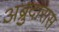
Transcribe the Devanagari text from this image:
अब्रुदारास